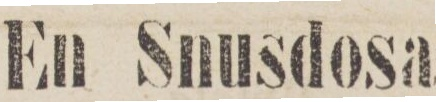
En Snusdosa